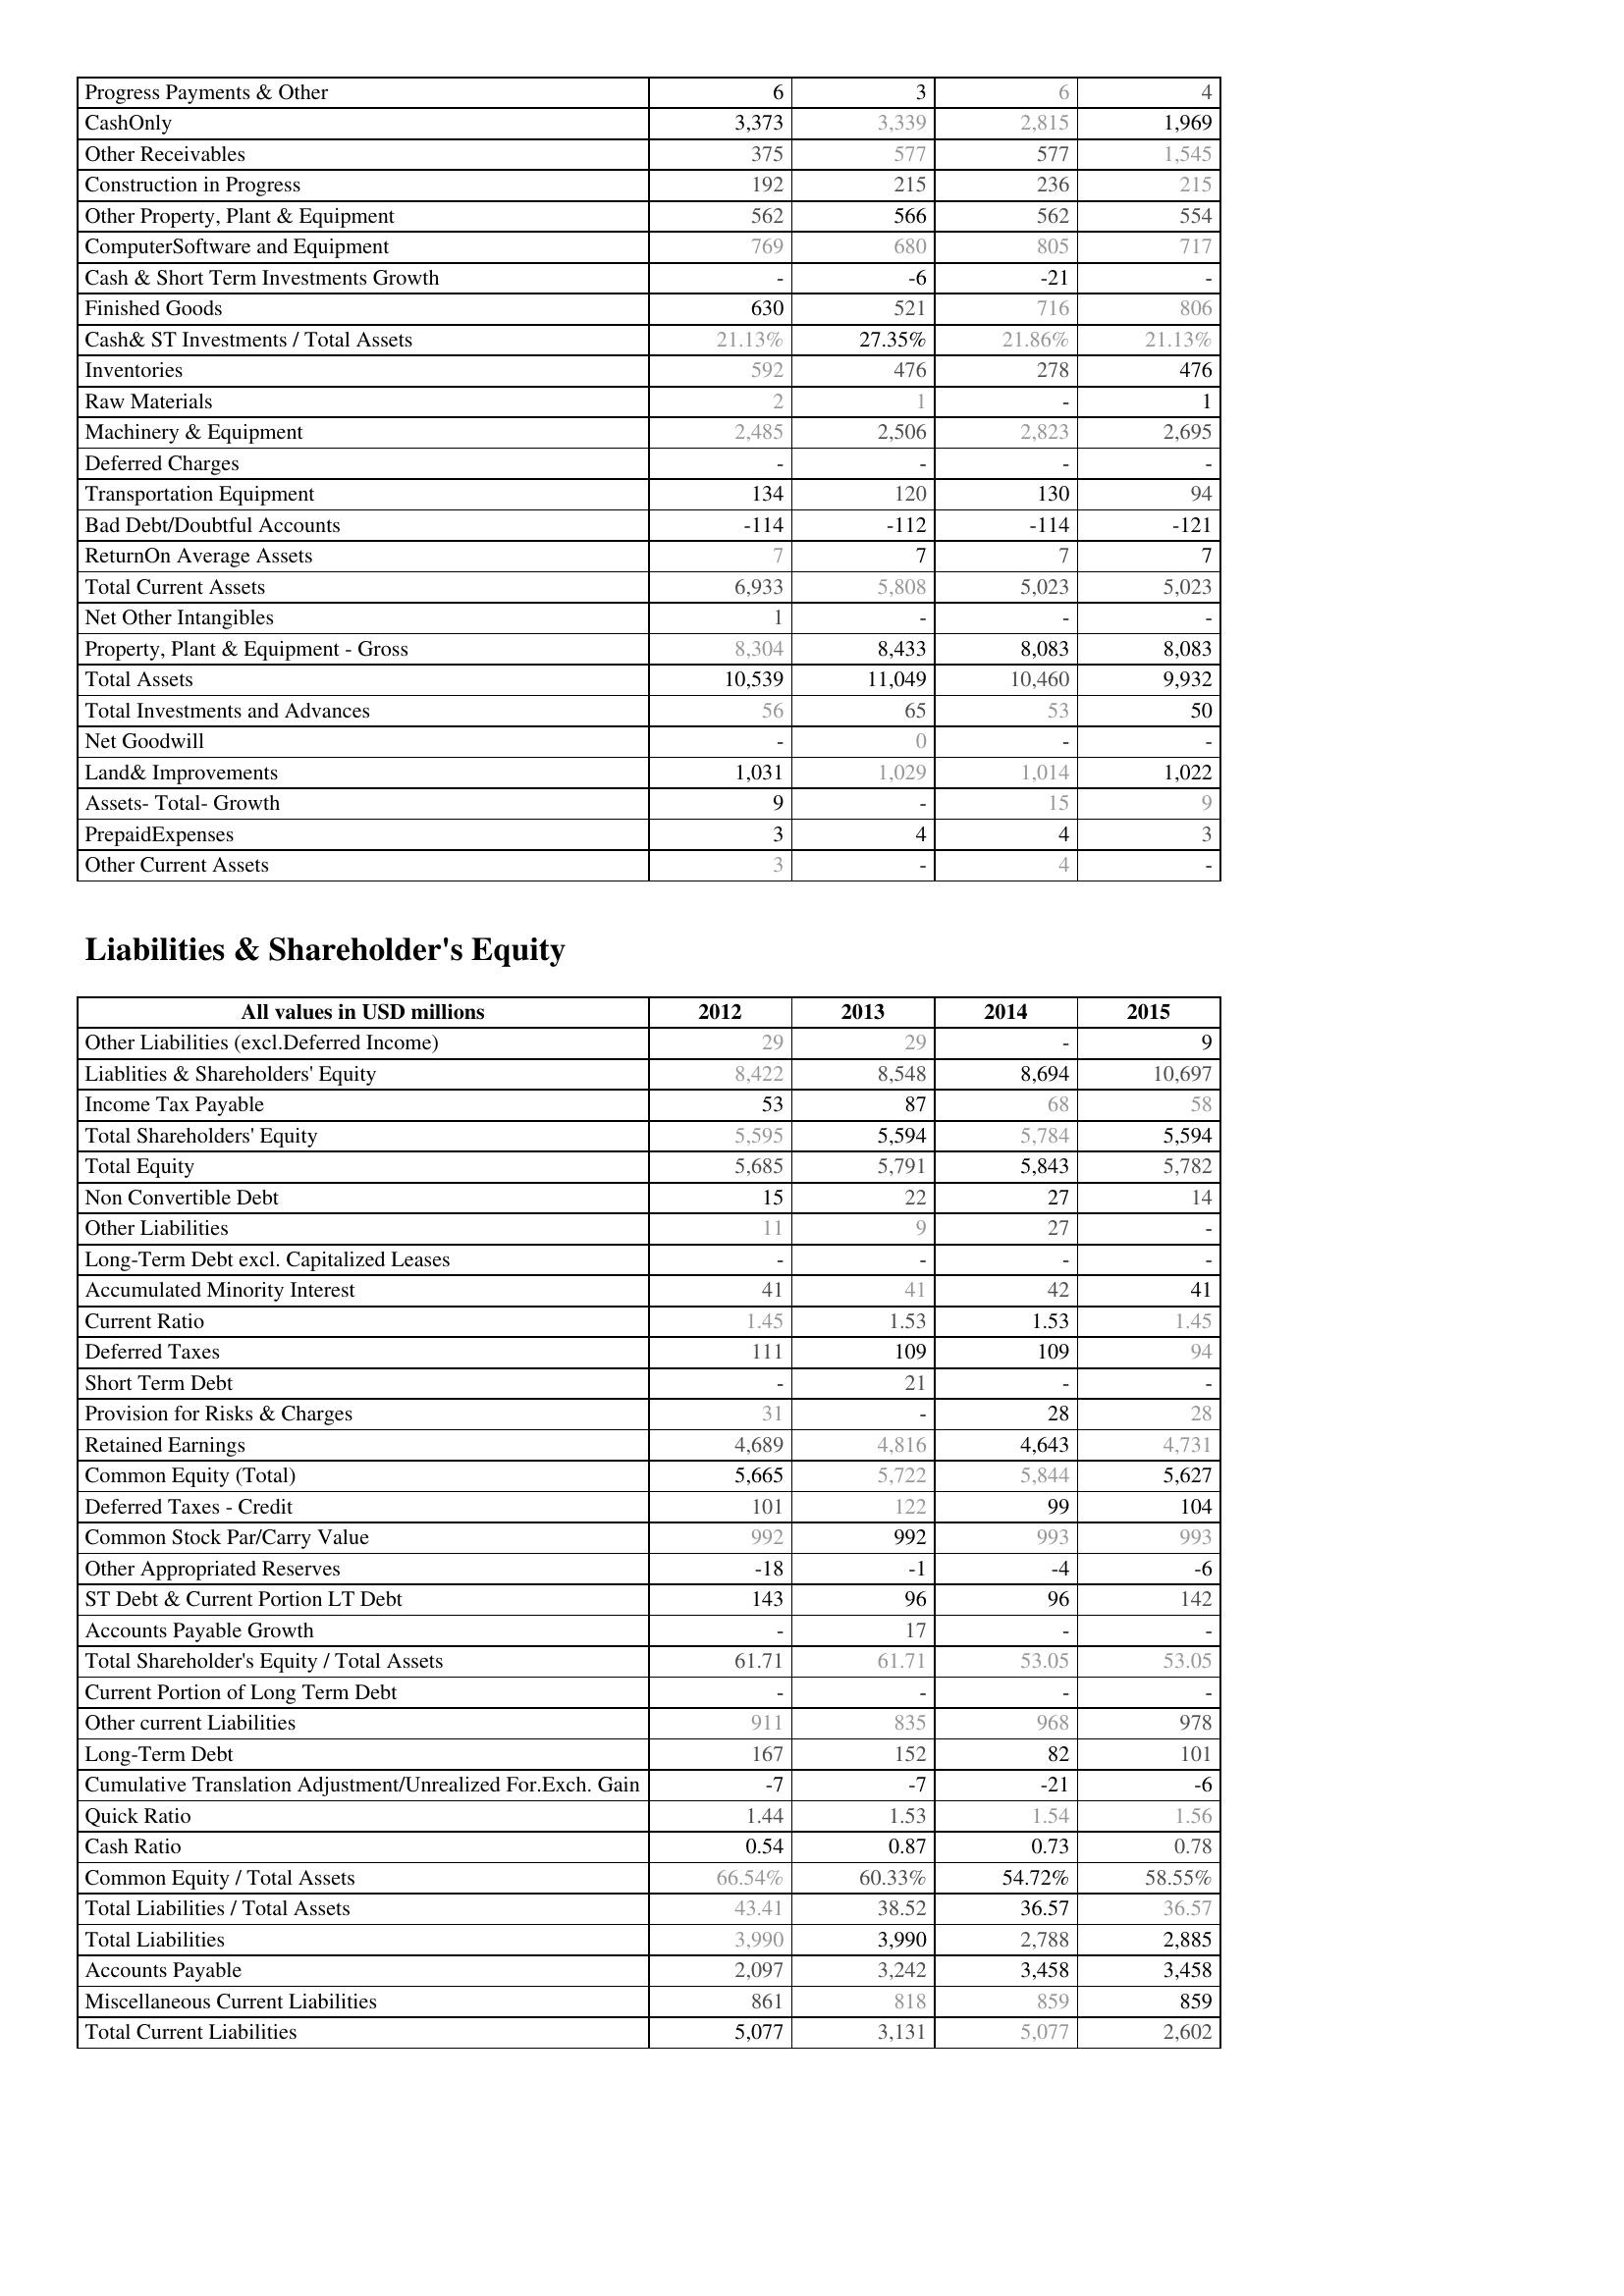
2012: Assets: Progress Payments & Other: 6
CashOnly: 3,373
Other Receivables: 375
Construction in Progress: 192
Other Property, Plant & Equipment: 562
ComputerSoftware and Equipment: 769
Cash & Short Term Investments Growth: -
Finished Goods: 630
Cash& ST Investments / Total Assets: 21.13%
Inventories: 592
Raw Materials: 2
Machinery & Equipment: 2,485
Deferred Charges: -
Transportation Equipment: 134
Bad Debt/Doubtful Accounts: -114
ReturnOn Average Assets: 7
Total Current Assets: 6,933
Net Other Intangibles: 1
Property, Plant & Equipment - Gross : 8,304
Total Assets: 10,539
Total Investments and Advances: 56
Net Goodwill: -
Land& Improvements: 1,031
Assets- Total- Growth: 9
PrepaidExpenses: 3
Other Current Assets: 3
Liabilities & Shareholder's Equity: Other Liabilities (excl.Deferred Income): 29
Liablities & Shareholders' Equity: 8,422
Income Tax Payable: 53
Total Shareholders' Equity: 5,595
Total Equity: 5,685
Non Convertible Debt: 15
Other Liabilities: 11
Long-Term Debt excl. Capitalized Leases: -
Accumulated Minority Interest: 41
Current Ratio: 1.45
Deferred Taxes: 111
Short Term Debt: -
Provision for Risks & Charges: 31
Retained Earnings: 4,689
Common Equity (Total): 5,665
Deferred Taxes - Credit: 101
Common Stock Par/Carry Value: 992
Other Appropriated Reserves: -18
ST Debt & Current Portion LT Debt: 143
Accounts Payable Growth: -
Total Shareholder's Equity / Total Assets: 61.71
Current Portion of Long Term Debt: -
Other current Liabilities: 911
Long-Term Debt: 167
Cumulative Translation Adjustment/Unrealized For.Exch. Gain: -7
Quick Ratio: 1.44
Cash Ratio: 0.54
Common Equity / Total Assets: 66.54%
Total Liabilities / Total Assets: 43.41
Total Liabilities: 3,990
Accounts Payable: 2,097
Miscellaneous Current Liabilities: 861
Total Current Liabilities: 5,077
2013: Assets: Progress Payments & Other: 3
CashOnly: 3,339
Other Receivables: 577
Construction in Progress: 215
Other Property, Plant & Equipment: 566
ComputerSoftware and Equipment: 680
Cash & Short Term Investments Growth: -6
Finished Goods: 521
Cash& ST Investments / Total Assets: 27.35%
Inventories: 476
Raw Materials: 1
Machinery & Equipment: 2,506
Deferred Charges: -
Transportation Equipment: 120
Bad Debt/Doubtful Accounts: -112
ReturnOn Average Assets: 7
Total Current Assets: 5,808
Net Other Intangibles: -
Property, Plant & Equipment - Gross : 8,433
Total Assets: 11,049
Total Investments and Advances: 65
Net Goodwill: 0
Land& Improvements: 1,029
Assets- Total- Growth: -
PrepaidExpenses: 4
Other Current Assets: -
Liabilities & Shareholder's Equity: Other Liabilities (excl.Deferred Income): 29
Liablities & Shareholders' Equity: 8,548
Income Tax Payable: 87
Total Shareholders' Equity: 5,594
Total Equity: 5,791
Non Convertible Debt: 22
Other Liabilities: 9
Long-Term Debt excl. Capitalized Leases: -
Accumulated Minority Interest: 41
Current Ratio: 1.53
Deferred Taxes: 109
Short Term Debt: 21
Provision for Risks & Charges: -
Retained Earnings: 4,816
Common Equity (Total): 5,722
Deferred Taxes - Credit: 122
Common Stock Par/Carry Value: 992
Other Appropriated Reserves: -1
ST Debt & Current Portion LT Debt: 96
Accounts Payable Growth: 17
Total Shareholder's Equity / Total Assets: 61.71
Current Portion of Long Term Debt: -
Other current Liabilities: 835
Long-Term Debt: 152
Cumulative Translation Adjustment/Unrealized For.Exch. Gain: -7
Quick Ratio: 1.53
Cash Ratio: 0.87
Common Equity / Total Assets: 60.33%
Total Liabilities / Total Assets: 38.52
Total Liabilities: 3,990
Accounts Payable: 3,242
Miscellaneous Current Liabilities: 818
Total Current Liabilities: 3,131
2014: Assets: Progress Payments & Other: 6
CashOnly: 2,815
Other Receivables: 577
Construction in Progress: 236
Other Property, Plant & Equipment: 562
ComputerSoftware and Equipment: 805
Cash & Short Term Investments Growth: -21
Finished Goods: 716
Cash& ST Investments / Total Assets: 21.86%
Inventories: 278
Raw Materials: -
Machinery & Equipment: 2,823
Deferred Charges: -
Transportation Equipment: 130
Bad Debt/Doubtful Accounts: -114
ReturnOn Average Assets: 7
Total Current Assets: 5,023
Net Other Intangibles: -
Property, Plant & Equipment - Gross : 8,083
Total Assets: 10,460
Total Investments and Advances: 53
Net Goodwill: -
Land& Improvements: 1,014
Assets- Total- Growth: 15
PrepaidExpenses: 4
Other Current Assets: 4
Liabilities & Shareholder's Equity: Other Liabilities (excl.Deferred Income): -
Liablities & Shareholders' Equity: 8,694
Income Tax Payable: 68
Total Shareholders' Equity: 5,784
Total Equity: 5,843
Non Convertible Debt: 27
Other Liabilities: 27
Long-Term Debt excl. Capitalized Leases: -
Accumulated Minority Interest: 42
Current Ratio: 1.53
Deferred Taxes: 109
Short Term Debt: -
Provision for Risks & Charges: 28
Retained Earnings: 4,643
Common Equity (Total): 5,844
Deferred Taxes - Credit: 99
Common Stock Par/Carry Value: 993
Other Appropriated Reserves: -4
ST Debt & Current Portion LT Debt: 96
Accounts Payable Growth: -
Total Shareholder's Equity / Total Assets: 53.05
Current Portion of Long Term Debt: -
Other current Liabilities: 968
Long-Term Debt: 82
Cumulative Translation Adjustment/Unrealized For.Exch. Gain: -21
Quick Ratio: 1.54
Cash Ratio: 0.73
Common Equity / Total Assets: 54.72%
Total Liabilities / Total Assets: 36.57
Total Liabilities: 2,788
Accounts Payable: 3,458
Miscellaneous Current Liabilities: 859
Total Current Liabilities: 5,077
2015: Assets: Progress Payments & Other: 4
CashOnly: 1,969
Other Receivables: 1,545
Construction in Progress: 215
Other Property, Plant & Equipment: 554
ComputerSoftware and Equipment: 717
Cash & Short Term Investments Growth: -
Finished Goods: 806
Cash& ST Investments / Total Assets: 21.13%
Inventories: 476
Raw Materials: 1
Machinery & Equipment: 2,695
Deferred Charges: -
Transportation Equipment: 94
Bad Debt/Doubtful Accounts: -121
ReturnOn Average Assets: 7
Total Current Assets: 5,023
Net Other Intangibles: -
Property, Plant & Equipment - Gross : 8,083
Total Assets: 9,932
Total Investments and Advances: 50
Net Goodwill: -
Land& Improvements: 1,022
Assets- Total- Growth: 9
PrepaidExpenses: 3
Other Current Assets: -
Liabilities & Shareholder's Equity: Other Liabilities (excl.Deferred Income): 9
Liablities & Shareholders' Equity: 10,697
Income Tax Payable: 58
Total Shareholders' Equity: 5,594
Total Equity: 5,782
Non Convertible Debt: 14
Other Liabilities: -
Long-Term Debt excl. Capitalized Leases: -
Accumulated Minority Interest: 41
Current Ratio: 1.45
Deferred Taxes: 94
Short Term Debt: -
Provision for Risks & Charges: 28
Retained Earnings: 4,731
Common Equity (Total): 5,627
Deferred Taxes - Credit: 104
Common Stock Par/Carry Value: 993
Other Appropriated Reserves: -6
ST Debt & Current Portion LT Debt: 142
Accounts Payable Growth: -
Total Shareholder's Equity / Total Assets: 53.05
Current Portion of Long Term Debt: -
Other current Liabilities: 978
Long-Term Debt: 101
Cumulative Translation Adjustment/Unrealized For.Exch. Gain: -6
Quick Ratio: 1.56
Cash Ratio: 0.78
Common Equity / Total Assets: 58.55%
Total Liabilities / Total Assets: 36.57
Total Liabilities: 2,885
Accounts Payable: 3,458
Miscellaneous Current Liabilities: 859
Total Current Liabilities: 2,602